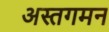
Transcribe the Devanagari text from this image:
अस्तगमन